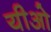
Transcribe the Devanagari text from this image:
यीओ